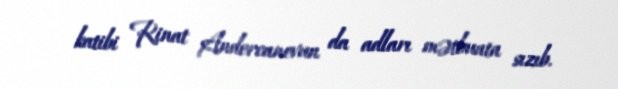
katibi Rinat Andercanovun da adları mətbuata sızıb.